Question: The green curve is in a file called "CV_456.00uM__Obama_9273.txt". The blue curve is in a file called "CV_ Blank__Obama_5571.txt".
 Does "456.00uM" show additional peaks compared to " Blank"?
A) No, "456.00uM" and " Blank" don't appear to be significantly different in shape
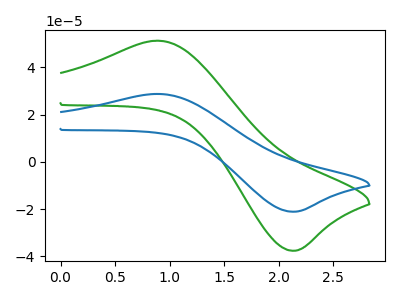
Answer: <think>The green curve "456.00uM" has an anodic peak at (0.90V, 51.25uA) and a cathodic peak at (2.10V, -37.55uA). The blue curve " Blank" has an anodic peak at (0.90V, 28.75uA) and a cathodic peak at (2.10V, -21.05uA).
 All the peaks in "456.00uM" have a peak in " Blank" at the same potential. Every peak in "456.00uM" is higher than every peak in " Blank".</think>
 <answer>A) No, "456.00uM" and " Blank" don't appear to be significantly different in shape</answer>
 <eval>A</eval>